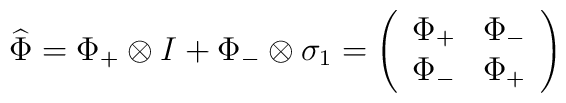
\widehat{\Phi}=\Phi_+\otimes I+\Phi_-\otimes\sigma_1=\left(	\begin{array}{cc}	\Phi_+ & \Phi_- \\	\Phi_- & \Phi_+	\end{array}\right)